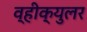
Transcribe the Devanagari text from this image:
व्हीक्युलर